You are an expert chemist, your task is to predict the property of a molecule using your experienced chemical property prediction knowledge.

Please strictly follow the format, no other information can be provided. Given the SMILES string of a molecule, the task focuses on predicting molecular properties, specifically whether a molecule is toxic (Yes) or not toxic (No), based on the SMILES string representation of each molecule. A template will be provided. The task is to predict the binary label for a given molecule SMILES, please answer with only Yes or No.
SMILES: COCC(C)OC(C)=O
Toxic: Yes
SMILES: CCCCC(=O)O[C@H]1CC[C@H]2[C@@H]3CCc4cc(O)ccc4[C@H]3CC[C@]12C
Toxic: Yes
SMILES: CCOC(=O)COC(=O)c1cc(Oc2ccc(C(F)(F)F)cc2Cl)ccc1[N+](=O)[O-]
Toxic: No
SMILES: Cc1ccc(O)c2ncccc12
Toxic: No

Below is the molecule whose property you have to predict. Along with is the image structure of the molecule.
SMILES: Brc1c2ccccc2c(Br)c2ccccc12
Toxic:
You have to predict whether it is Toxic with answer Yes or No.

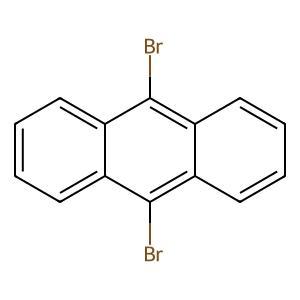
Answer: No